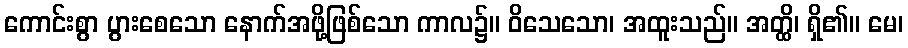
ကောင်းစွာ ပွားစေသော နောက်အဖို့ဖြစ်သော ကာလ၌။ ဝိသေသော၊ အထူးသည်။ အတ္ထိ၊ ရှိ၏။ မေ၊